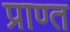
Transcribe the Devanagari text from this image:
प्राण्त